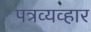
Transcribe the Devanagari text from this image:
पत्रव्यव्हार